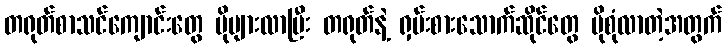
တရုတ်စာသင်ကျောင်းတွေ ပိုများလာပြီး တရုတ်နဲ့ ရှမ်းစားသောက်ဆိုင်တွေ ပိုစုံလာတဲ့အတွက်